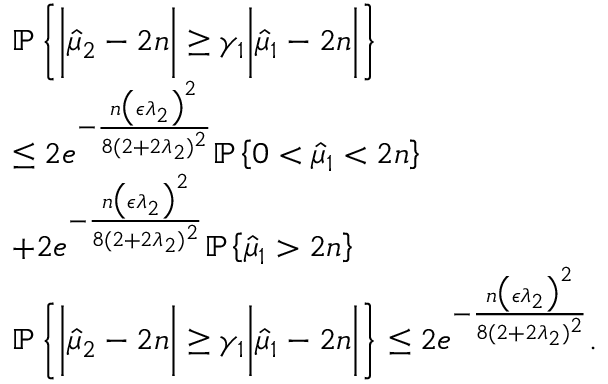
\begin{array} { r l } & { \mathbb { P } \left\{ \bigg | \hat { \mu } _ { 2 } - 2 n \bigg | \geq \gamma _ { 1 } \bigg | \hat { \mu } _ { 1 } - 2 n \bigg | \right\} } \\ & { \leq 2 e ^ { - \frac { n \big ( \epsilon \lambda _ { 2 } \big ) ^ { 2 } } { 8 ( 2 + 2 \lambda _ { 2 } ) ^ { 2 } } } \mathbb { P } \left\{ 0 < \hat { \mu } _ { 1 } < 2 n \right\} } \\ & { + 2 e ^ { - \frac { n \big ( \epsilon \lambda _ { 2 } \big ) ^ { 2 } } { 8 ( 2 + 2 \lambda _ { 2 } ) ^ { 2 } } } \mathbb { P } \left\{ \hat { \mu } _ { 1 } > 2 n \right\} } \\ & { \mathbb { P } \left\{ \bigg | \hat { \mu } _ { 2 } - 2 n \bigg | \geq \gamma _ { 1 } \bigg | \hat { \mu } _ { 1 } - 2 n \bigg | \right\} \leq 2 e ^ { - \frac { n \big ( \epsilon \lambda _ { 2 } \big ) ^ { 2 } } { 8 ( 2 + 2 \lambda _ { 2 } ) ^ { 2 } } } . } \end{array}